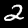
Label: 2